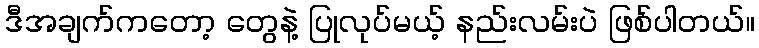
ဒီအချက်ကတော့ တွေနဲ့ ပြုလုပ်မယ့် နည်းလမ်းပဲ ဖြစ်ပါတယ်။